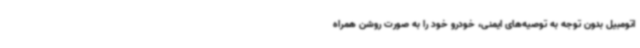
اتومبیل بدون توجه به توصیه‌های ایمنی، خودرو خود را به صورت روشن همراه